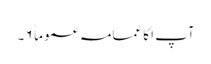
آپ ا کا عمامہ عموماً ۶۔